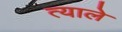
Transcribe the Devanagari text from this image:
त्याले